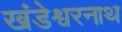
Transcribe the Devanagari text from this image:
खंडेश्वरनाथ